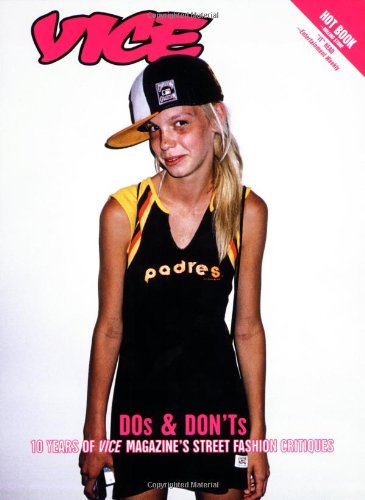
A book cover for Vice Dos and Don'ts: 10 Years of VICE Magazine's Street Fashion Critiques; Suroosh Alvi; Humor & Entertainment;